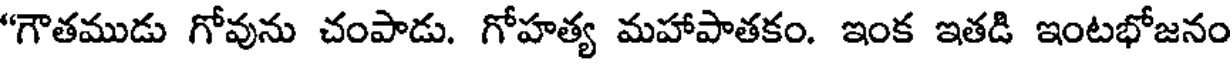
"గౌతముడు గోవును చంపాడు. గోహత్య మహాపాతకం. ఇంక ఇతడి ఇంటభోజనం